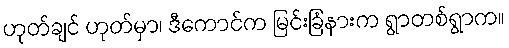
ဟုတ်ချင် ဟုတ်မှာ၊ ဒီကောင်က မြင်းခြံနားက ရွာတစ်ရွာက။